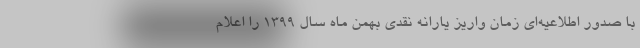
با صدور اطلاعیه‌ای زمان واریز یارانه نقدی بهمن ماه سال ۱۳۹۹ را اعلام